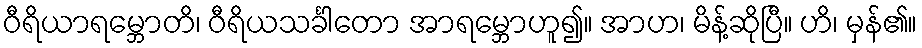
ဝီရိယာရမ္ဘောတိ၊ ဝီရိယသင်္ခါတော အာရမ္ဘောဟူ၍။ အာဟ၊ မိန့်ဆိုပြီ။ ဟိ၊ မှန်၏။